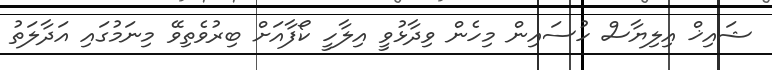
ޝައިޚް އިލިޔާސް ހުސައިން މިހެން ވިދާޅުވީ އިލާހީ ކޯފާއަށް ބިރުވެތިވޭ މިނަމުގައި އަދާލަތު